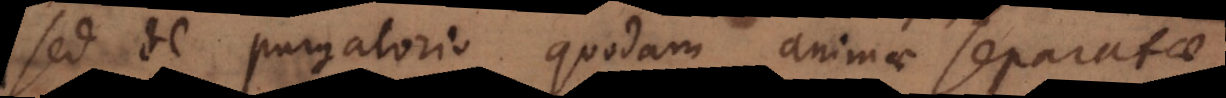
sed de purgatorio quodam animae separatae.